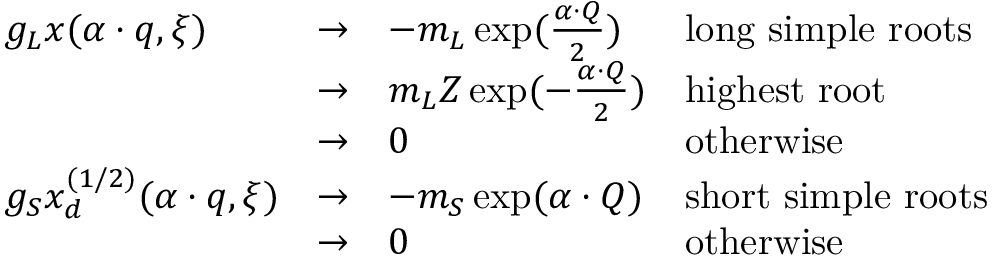
\begin{array} { l l l l } { { g _ { L } x ( \alpha \cdot q , \xi ) } } & { { \rightarrow } } & { { - m _ { L } \exp ( { \frac { \alpha \cdot Q } { 2 } } ) } } & { { \mathrm { l o n g ~ s i m p l e ~ r o o t s } } } \\ { { } } & { { \rightarrow } } & { { { m _ { L } Z } \exp ( - { \frac { \alpha \cdot Q } { 2 } } ) } } & { { \mathrm { h i g h e s t ~ r o o t } } } \\ { { } } & { { \rightarrow } } & { { 0 } } & { { \mathrm { o t h e r w i s e } } } \\ { { g _ { S } x _ { d } ^ { ( 1 / 2 ) } ( \alpha \cdot q , \xi ) } } & { { \rightarrow } } & { { - m _ { S } \exp ( { \alpha \cdot Q } ) } } & { { \mathrm { s h o r t ~ s i m p l e ~ r o o t s } } } \\ { { } } & { { \rightarrow } } & { { 0 } } & { { \mathrm { o t h e r w i s e } } } \end{array}